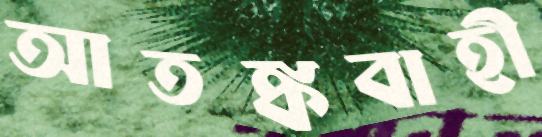
আতঙ্কবাহী